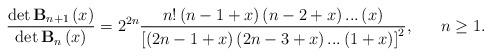
LaTeX: \begin{align*}\frac{\det \mathbf{B}_{n+1}\left( x\right) }{\det \mathbf{B}_{n}\left(x\right) }=2^{2n}\frac{n!\left( n-1+x\right) \left( n-2+x\right) ...\left(x\right) }{\left[ \left( 2n-1+x\right) \left( 2n-3+x\right) ...\left(1+x\right) \right] ^{2}},\ \ \ \ \ n\geq 1. \end{align*}